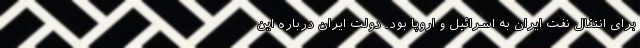
برای انتقال نفت ایران به اسرائیل و اروپا بود. دولت ایران درباره این